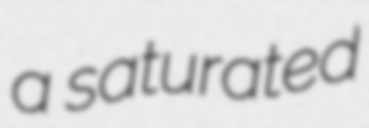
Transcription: a saturated